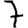
Digit: 7